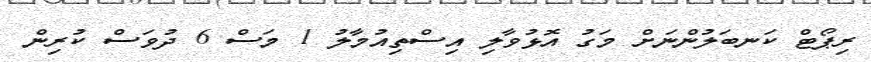
ރިޕޯޓް ކަނބަލުންނަށް މަގު އޮޅުވާލި އިސްތިއުމާލު 1 މަސް 6 ދުވަސް ކުރިން